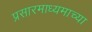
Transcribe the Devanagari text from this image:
प्रसारमाध्‍यमाच्‍या